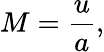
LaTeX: M={\frac{u}{a}},